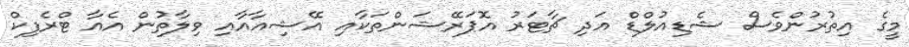
މީގެ އިތުރުންވެސް ޝެޑިއުލްޑް އަދި ޗާޓަރު އޮޕަރޭޝަންތަކާއި އޭޝިއާއާއި ވިލާތުން އެއާ ޓްރެފިކް